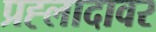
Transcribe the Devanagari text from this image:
प्रह्लादावर